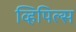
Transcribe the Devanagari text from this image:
व्हिपिल्स